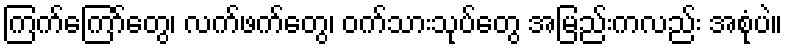
ကြက်ကြော်တွေ၊ လက်ဖက်တွေ၊ ဝက်သားသုပ်တွေ အမြည်းကလည်း အစုံပဲ။